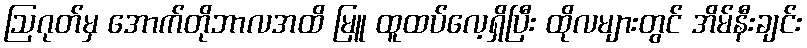
ဩဂုတ်မှ အောက်တိုဘာလအထိ မြူ ထူထပ်လေ့ရှိပြီး ထိုလများတွင် အိမ်နီးချင်း